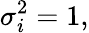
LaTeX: \sigma_{i}^{2}=1,